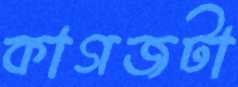
কাগজটা